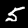
Label: 5